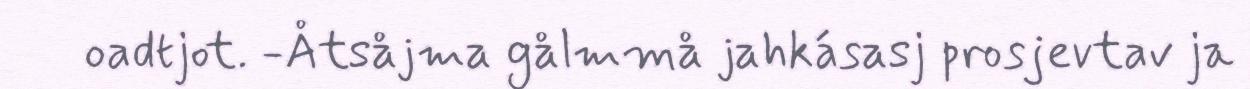
oadtjot. -Åtsåjma gålmmå jahkásasj prosjevtav ja